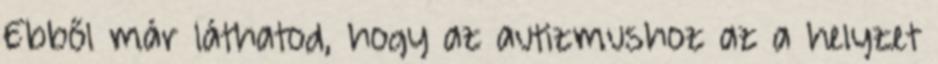
Ebből már láthatod, hogy az autizmushoz az a helyzet